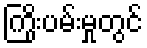
ကြိုးပမ်းမှုတွင်